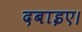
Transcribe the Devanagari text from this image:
दबाइए।